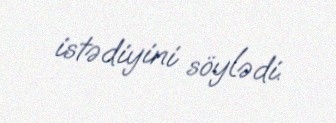
istədiyini söylədi.